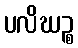
ပလိဃဉ္စ